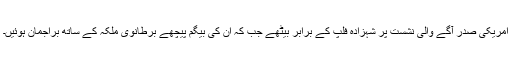
امریکی صدر آگے والی نشست پر شہزادہ فلپ کے برابر بیٹھے جب کہ ان کی بیگم پیچھے برطانوی ملکہ کے ساتھ براجمان ہوئیں۔